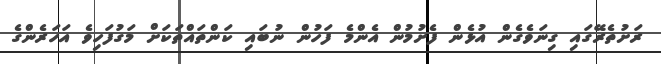
ރަށުތެރޭގައި ގިނަވެގެން އުޅެން ފެށުމުން އެންމެ ފަހުން ނުބައި ކަންތައްތަކަށް މަގުފަހިވެ އަހަރެންގެ